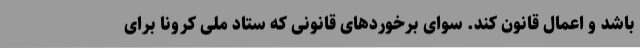
باشد و اعمال قانون کند. سوای برخوردهای قانونی که ستاد ملی کرونا برای